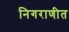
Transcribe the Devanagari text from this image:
निगराणीत